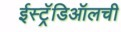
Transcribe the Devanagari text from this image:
ईस्ट्रॅडिऑलची